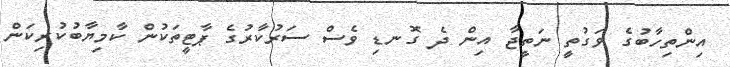
އިންތިހާބުގެ ވަގުތީ ނަތީޖާ އިން ދެ ގޮނޑި ވެސް ސަރުކާރުގެ ޕާޓީތަކުން ކާމިޔާބުކުރިކަން